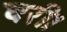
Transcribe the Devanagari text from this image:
घरी।